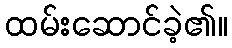
ထမ်းဆောင်ခဲ့၏။